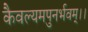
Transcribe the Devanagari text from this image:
कैवल्यमपुनर्भवम्‌।।